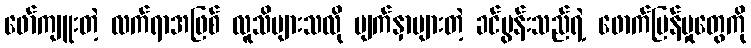
ဖော်ကျူးတဲ့ လက်ရာအဖြစ် လူသိများသလို မျက်နှာများတဲ့ ခင်ပွန်းသည်ရဲ့ ဖောက်ပြန်မှုတွေကို